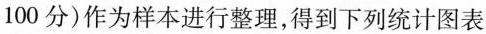
100分)作为样本进行整理得下列统计图表